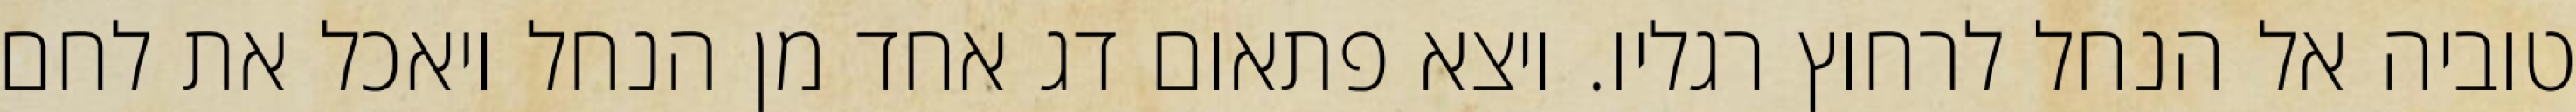
טוביה אל הנחל לרחוץ רגליו. ויצא פתאום דג אחד מן הנחל ויאכל את לחם